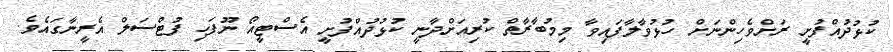
ކުޅުދުއްފުށީ ރަށްވެހިންނަށް ހުޅުވާލާފައިވާ މިމުބާރާތް ކުރިއަށްދާނީ ކުޅުދުއްފުށީ އެސްޓީއޯ ނޫފަހި ފުޓްސަލް އެރީނާގައެވެ.